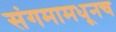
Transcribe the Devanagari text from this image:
संगमामधूनच